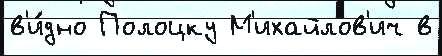
в'и́дно Полоцку М'ихайлов'ич в